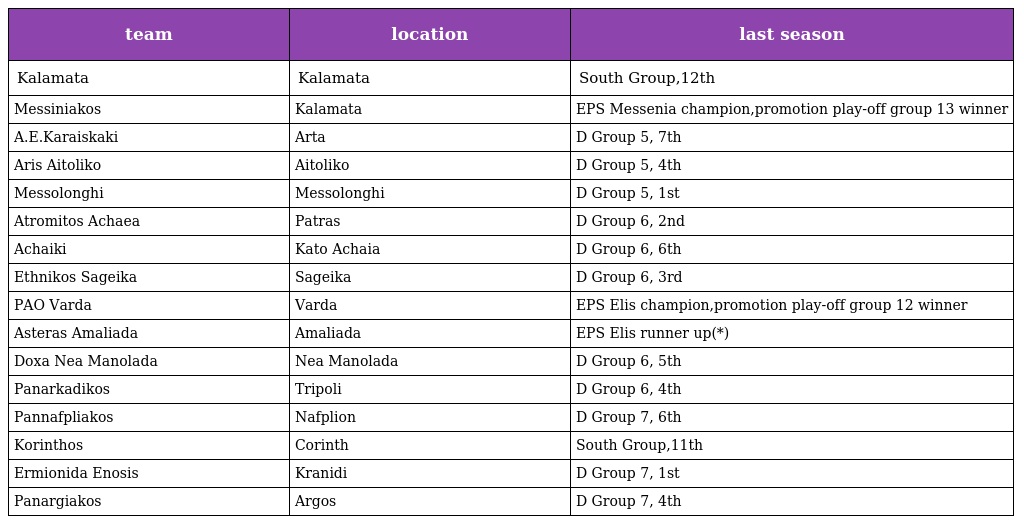
| team | location | last season |
 | --- | --- | --- |
 | Kalamata | Kalamata | South Group,12th |
 | Messiniakos | Kalamata | EPS Messenia champion,promotion play-off group 13 winner |
 | A.E.Karaiskaki | Arta | D Group 5, 7th |
 | Aris Aitoliko | Aitoliko | D Group 5, 4th |
 | Messolonghi | Messolonghi | D Group 5, 1st |
 | Atromitos Achaea | Patras | D Group 6, 2nd |
 | Achaiki | Kato Achaia | D Group 6, 6th |
 | Ethnikos Sageika | Sageika | D Group 6, 3rd |
 | PAO Varda | Varda | EPS Elis champion,promotion play-off group 12 winner |
 | Asteras Amaliada | Amaliada | EPS Elis runner up(*) |
 | Doxa Nea Manolada | Nea Manolada | D Group 6, 5th |
 | Panarkadikos | Tripoli | D Group 6, 4th |
 | Pannafpliakos | Nafplion | D Group 7, 6th |
 | Korinthos | Corinth | South Group,11th |
 | Ermionida Enosis | Kranidi | D Group 7, 1st |
 | Panargiakos | Argos | D Group 7, 4th |